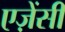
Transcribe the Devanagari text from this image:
एज़ेंसी